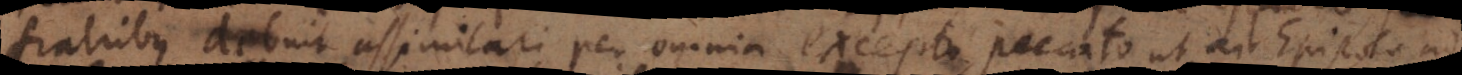
fratribus debuit assimilari per omnia excepto peccato ut ait Epistola ad